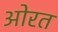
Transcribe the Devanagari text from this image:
ओरत